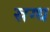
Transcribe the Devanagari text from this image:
स्रग्ध